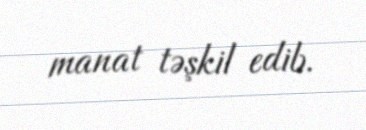
manat təşkil edib.